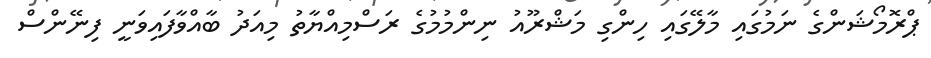
ޕްރޮމޯޝަންގެ ނަމުގައި މާލޭގައި ހިންގި މަޝްރޫއު ނިންމުމުގެ ރަސްމިއްޔާތު މިއަދު ބާއްވާފައިވަނީ ފިނޭންސް